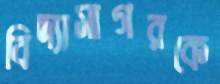
বিদ্যাসাগরকে